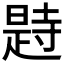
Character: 𣊒